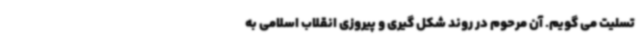
تسلیت می گویم. آن مرحوم در روند شکل گیری و پیروزی انقلاب اسلامی به